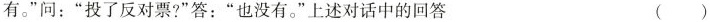
有。”问：”投了反对票?”答：”也没有。”上述对话中的回答 ()